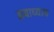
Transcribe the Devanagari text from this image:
सवाध्याय